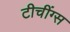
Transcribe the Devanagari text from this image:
टीचींग्स